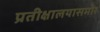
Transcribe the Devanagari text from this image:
प्रतीक्षालयासमोर